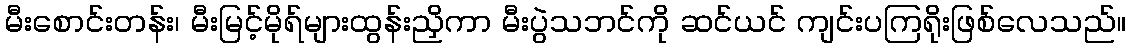
မီးစောင်းတန်း၊ မီးမြင့်မိုရ်များထွန်းညှိကာ မီးပွဲသဘင်ကို ဆင်ယင် ကျင်းပကြရိုးဖြစ်လေသည်။